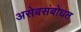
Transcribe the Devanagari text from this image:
असेबसंबोधत